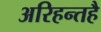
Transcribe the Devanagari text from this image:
अरिहन्तहै